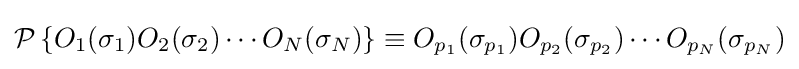
{\mathcal {P}}\left\{O_{1}(\sigma _{1})O_{2}(\sigma _{2})\cdots O_{N}(\sigma _{N})\right\}\equiv O_{p_{1}}(\sigma _{p_{1}})O_{p_{2}}(\sigma _{p_{2}})\cdots O_{p_{N}}(\sigma _{p_{N}})